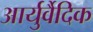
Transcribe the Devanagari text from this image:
आर्युर्वैदिक